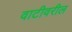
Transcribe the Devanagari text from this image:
वाटीवरील